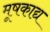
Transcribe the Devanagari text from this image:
मूषकाद्य